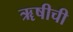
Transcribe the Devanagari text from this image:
ॠषीची